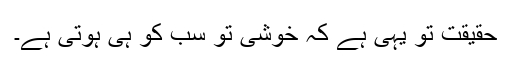
حقیقت تو یہی ہے کہ خوشی تو سب کو ہی ہوتی ہے۔